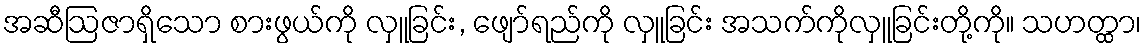
အဆီဩဇာရှိသော စားဖွယ်ကို လှူခြင်း, ဖျော်ရည်ကို လှူခြင်း အသက်ကိုလှူခြင်းတို့ကို။ သဟတ္ထာ၊